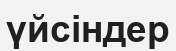
үйсіндер